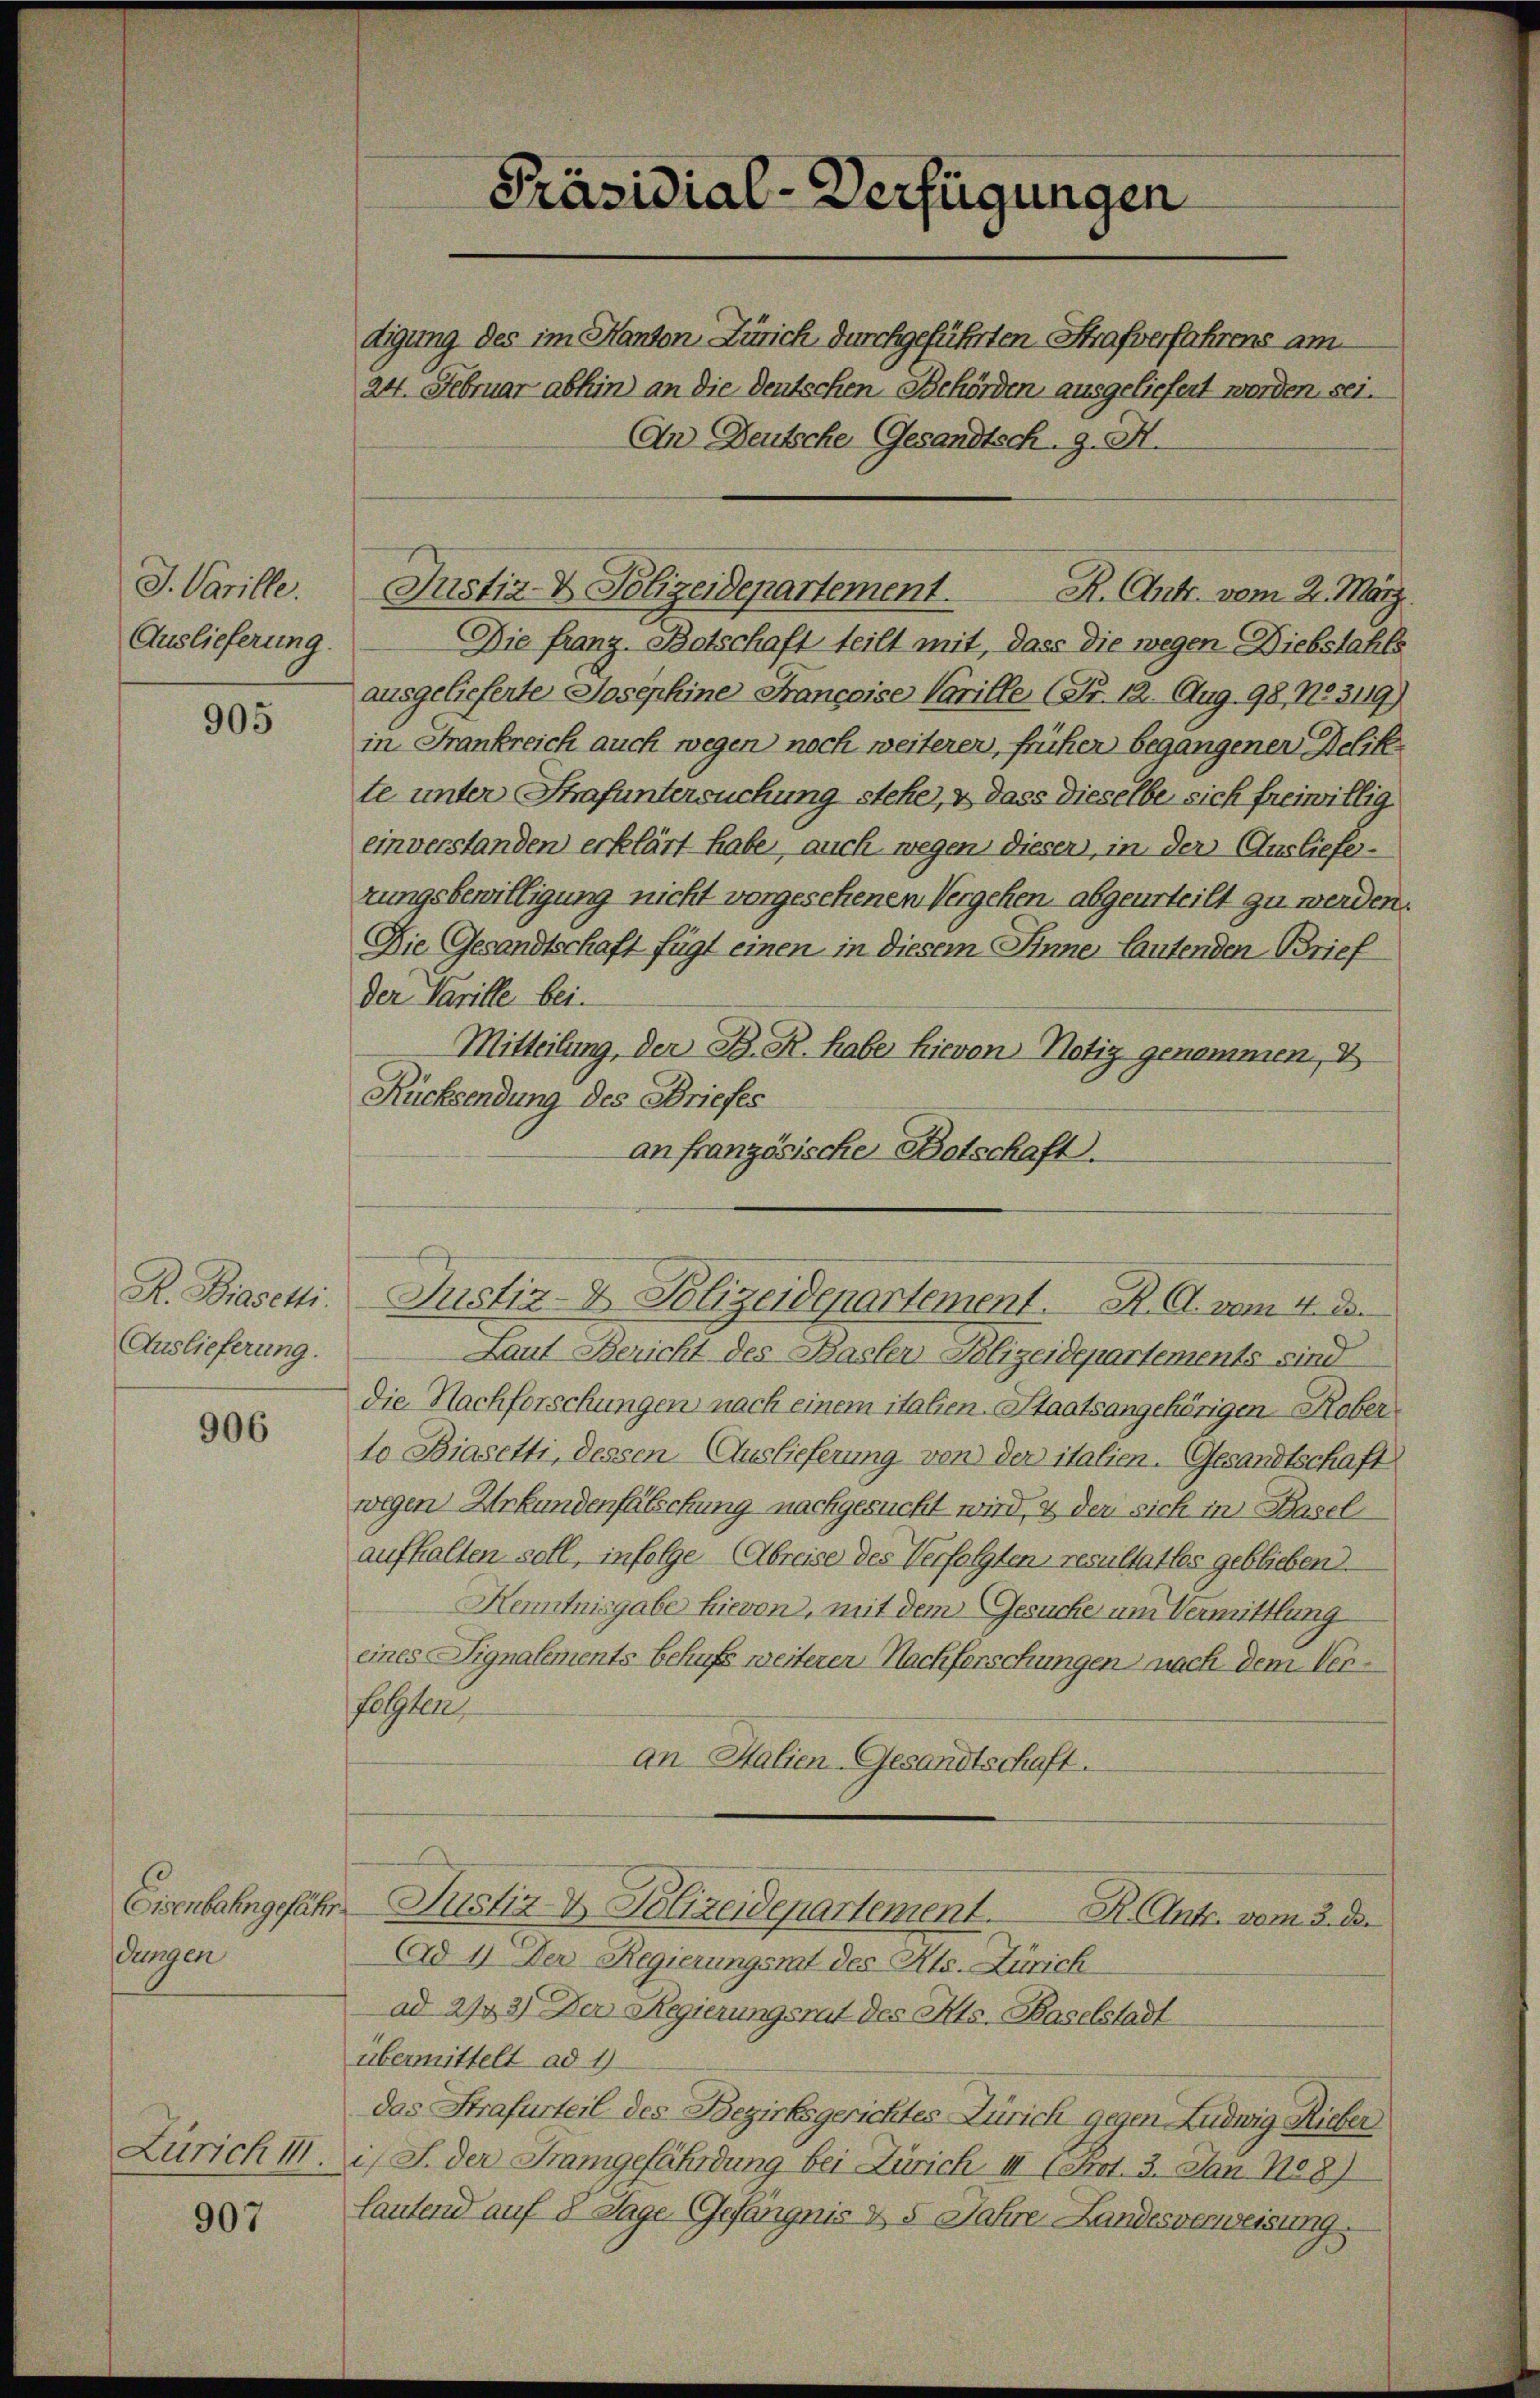
J. Varille.
Auslieferung.

905

R. Biasetti.
Auslieferung.

906

Eisenbahngefähr
dungen

Zürich i

907

Präsidial-Verfügungen

digung des im Kanton Zürich durchgeführten Strafverfahrens am
24. Februar abhin an die Deutschen Behörden ausgeliefert werden, sei.
An Deutsche Gesandtsch. G. H.

Die franz. Botschaft teilt mit, dass die wegen Diebstahls
ausgelieferte Josephine Françoise Varille (Nr. 12. Aug. 98, No. 3119)
in Frankreich auch wegen noch weiterer, früher begangener Delik
te unter Strafuntersuchung stehe, & dass dieselbe sich freiwillig
einverstanden erklärt habe, auch wegen dieser, in der Ausliefezungsbewilligung nicht vorgesehenen Vergehen, abgeurteilt zu werden.
Die Gesandtschaft fügt einen in diesem Sinne lautenden Brief
der Parille bei.
Mitteilung, der B. R. habe hievon Notiz genommen, d
Rücksendung des Briefes
an französische Botschaft.
Laut Bericht des Basler Polizeidepartements sind
Die Nachforschungen nach einem italien-Staatsangehörigen Roberto Biasetti, dessen Auslieferung von der italien-Gesandtschaft
wegen Urkundenfalschung nachgesucht wird, es der sich in Baselaufhalten soll, infolge Abreise des Verfolgten, resultatlos geblieben.
Henntnisgabe hievon, mit dem Gesuche um Vermittlung
eines Signalements behufs weiteren Nachforschungen nach dem Verfetzten
an Halien-Gesandtschaft.
Justiz- & Polizeidepartement. R. Antr. vom 3. d.
Ad 1) Der Regierungsrat des Kts. Zürich
ad 2743) Der Regierungsrat des Kts. Baselstadt
übermittelt ad 1
das Strafurteil des Bezirksgerichtes Zürich gegen Ludwig Rieber
i J. der Frangefährdung bei Zürich III (Art. 3. Jan No 8)
lautend auf 8 Tage Gefängnis & 5 Jahre Landesverweisung.

Justiz- & Polizeidepartement. R. Ant. vom 2. März

Justiz- & Polizeidepartement. R. G. vom 4. d.